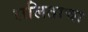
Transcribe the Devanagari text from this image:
ललिताचा